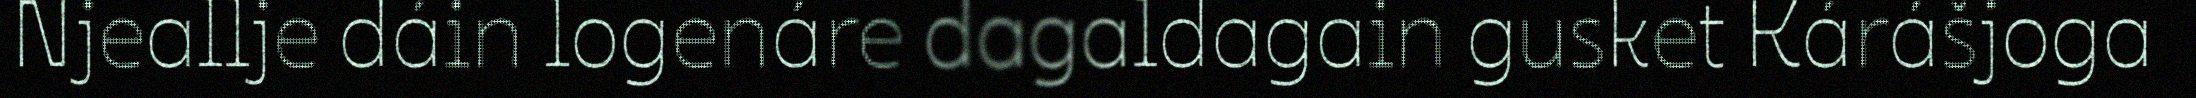
Njeallje dáin logenáre dagaldagain gusket Kárášjoga